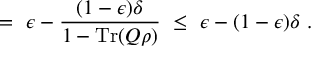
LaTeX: ~ = ~ \epsilon - { \frac { ( 1 - \epsilon ) \delta } { 1 - \operatorname { T r } ( Q \rho ) } } ~ \leq ~ \epsilon - ( 1 - \epsilon ) \delta ~ .